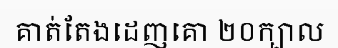
គាត់តែងដេញគោ ២០ក្បាល